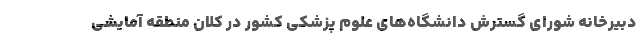
دبیرخانه شورای گسترش دانشگاه‌های علوم پزشکی کشور در کلان منطقه آمایشی